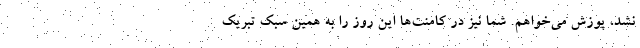
نشد، پوزش می‌خواهم. شما نیز در کامنت‌ها این روز را به همین سبک تبریک